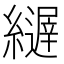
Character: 𦆣